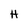
Character: H